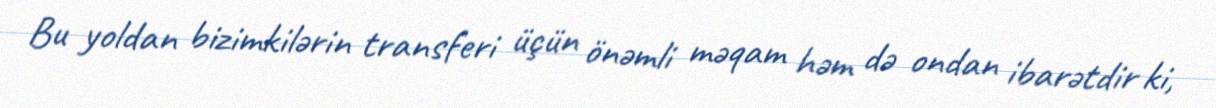
Bu yoldan bizimkilərin transferi üçün önəmli məqam həm də ondan ibarətdir ki,